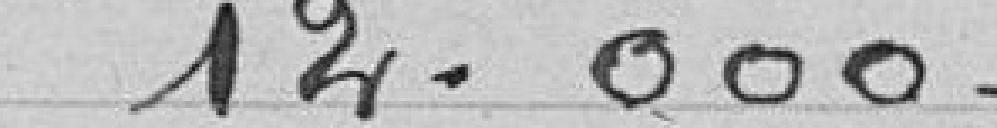
14.000 francs